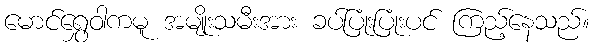
မောင်ရွှေဝါကမူ အမျိုးသမီးအား ခပ်ပြုံးပြုံးပင် ကြည့်နေသည်။